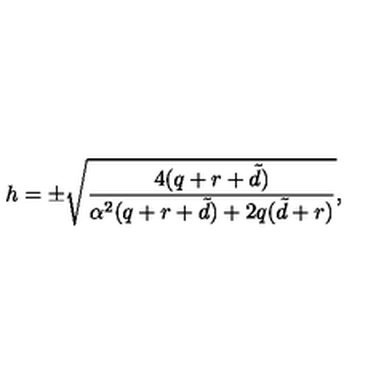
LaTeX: h = \pm \sqrt { \frac { 4 ( q + r + { \tilde { d } } ) } { \alpha ^ { 2 } ( q + r + { \tilde { d } } ) + 2 q ( { \tilde { d } } + r ) } } ,